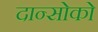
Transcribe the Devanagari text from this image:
दान्सोको